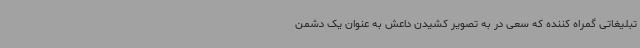
تبلیغاتی گمراه کننده که سعی در به تصویر کشیدن داعش به عنوان یک دشمن